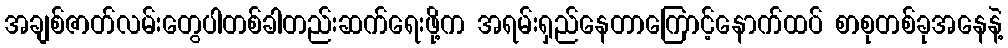
အချစ်ဇာတ်လမ်းတွေပါတစ်ခါတည်းဆက်ရေးဖို့က အရမ်းရှည်နေတာကြောင့်နောက်ထပ် စာစုတစ်ခုအနေနဲ့